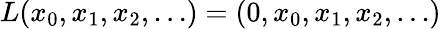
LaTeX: L(x_{0},x_{1},x_{2},\dots)=(0,x_{0},x_{1},x_{2},\dots)